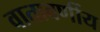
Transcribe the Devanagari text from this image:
वातावर्णीय